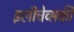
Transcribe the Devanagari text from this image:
इलीचेव्सकी